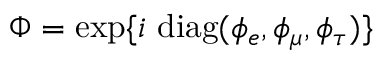
\Phi = \exp \{ i ~ \mathrm { d i a g } ( \phi _ { e } , \phi _ { \mu } , \phi _ { \tau } ) \}